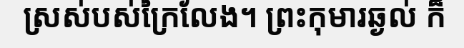
ស្រស់បស់ក្រៃលែង។ ព្រះកុមារឆ្ងល់ ក៏